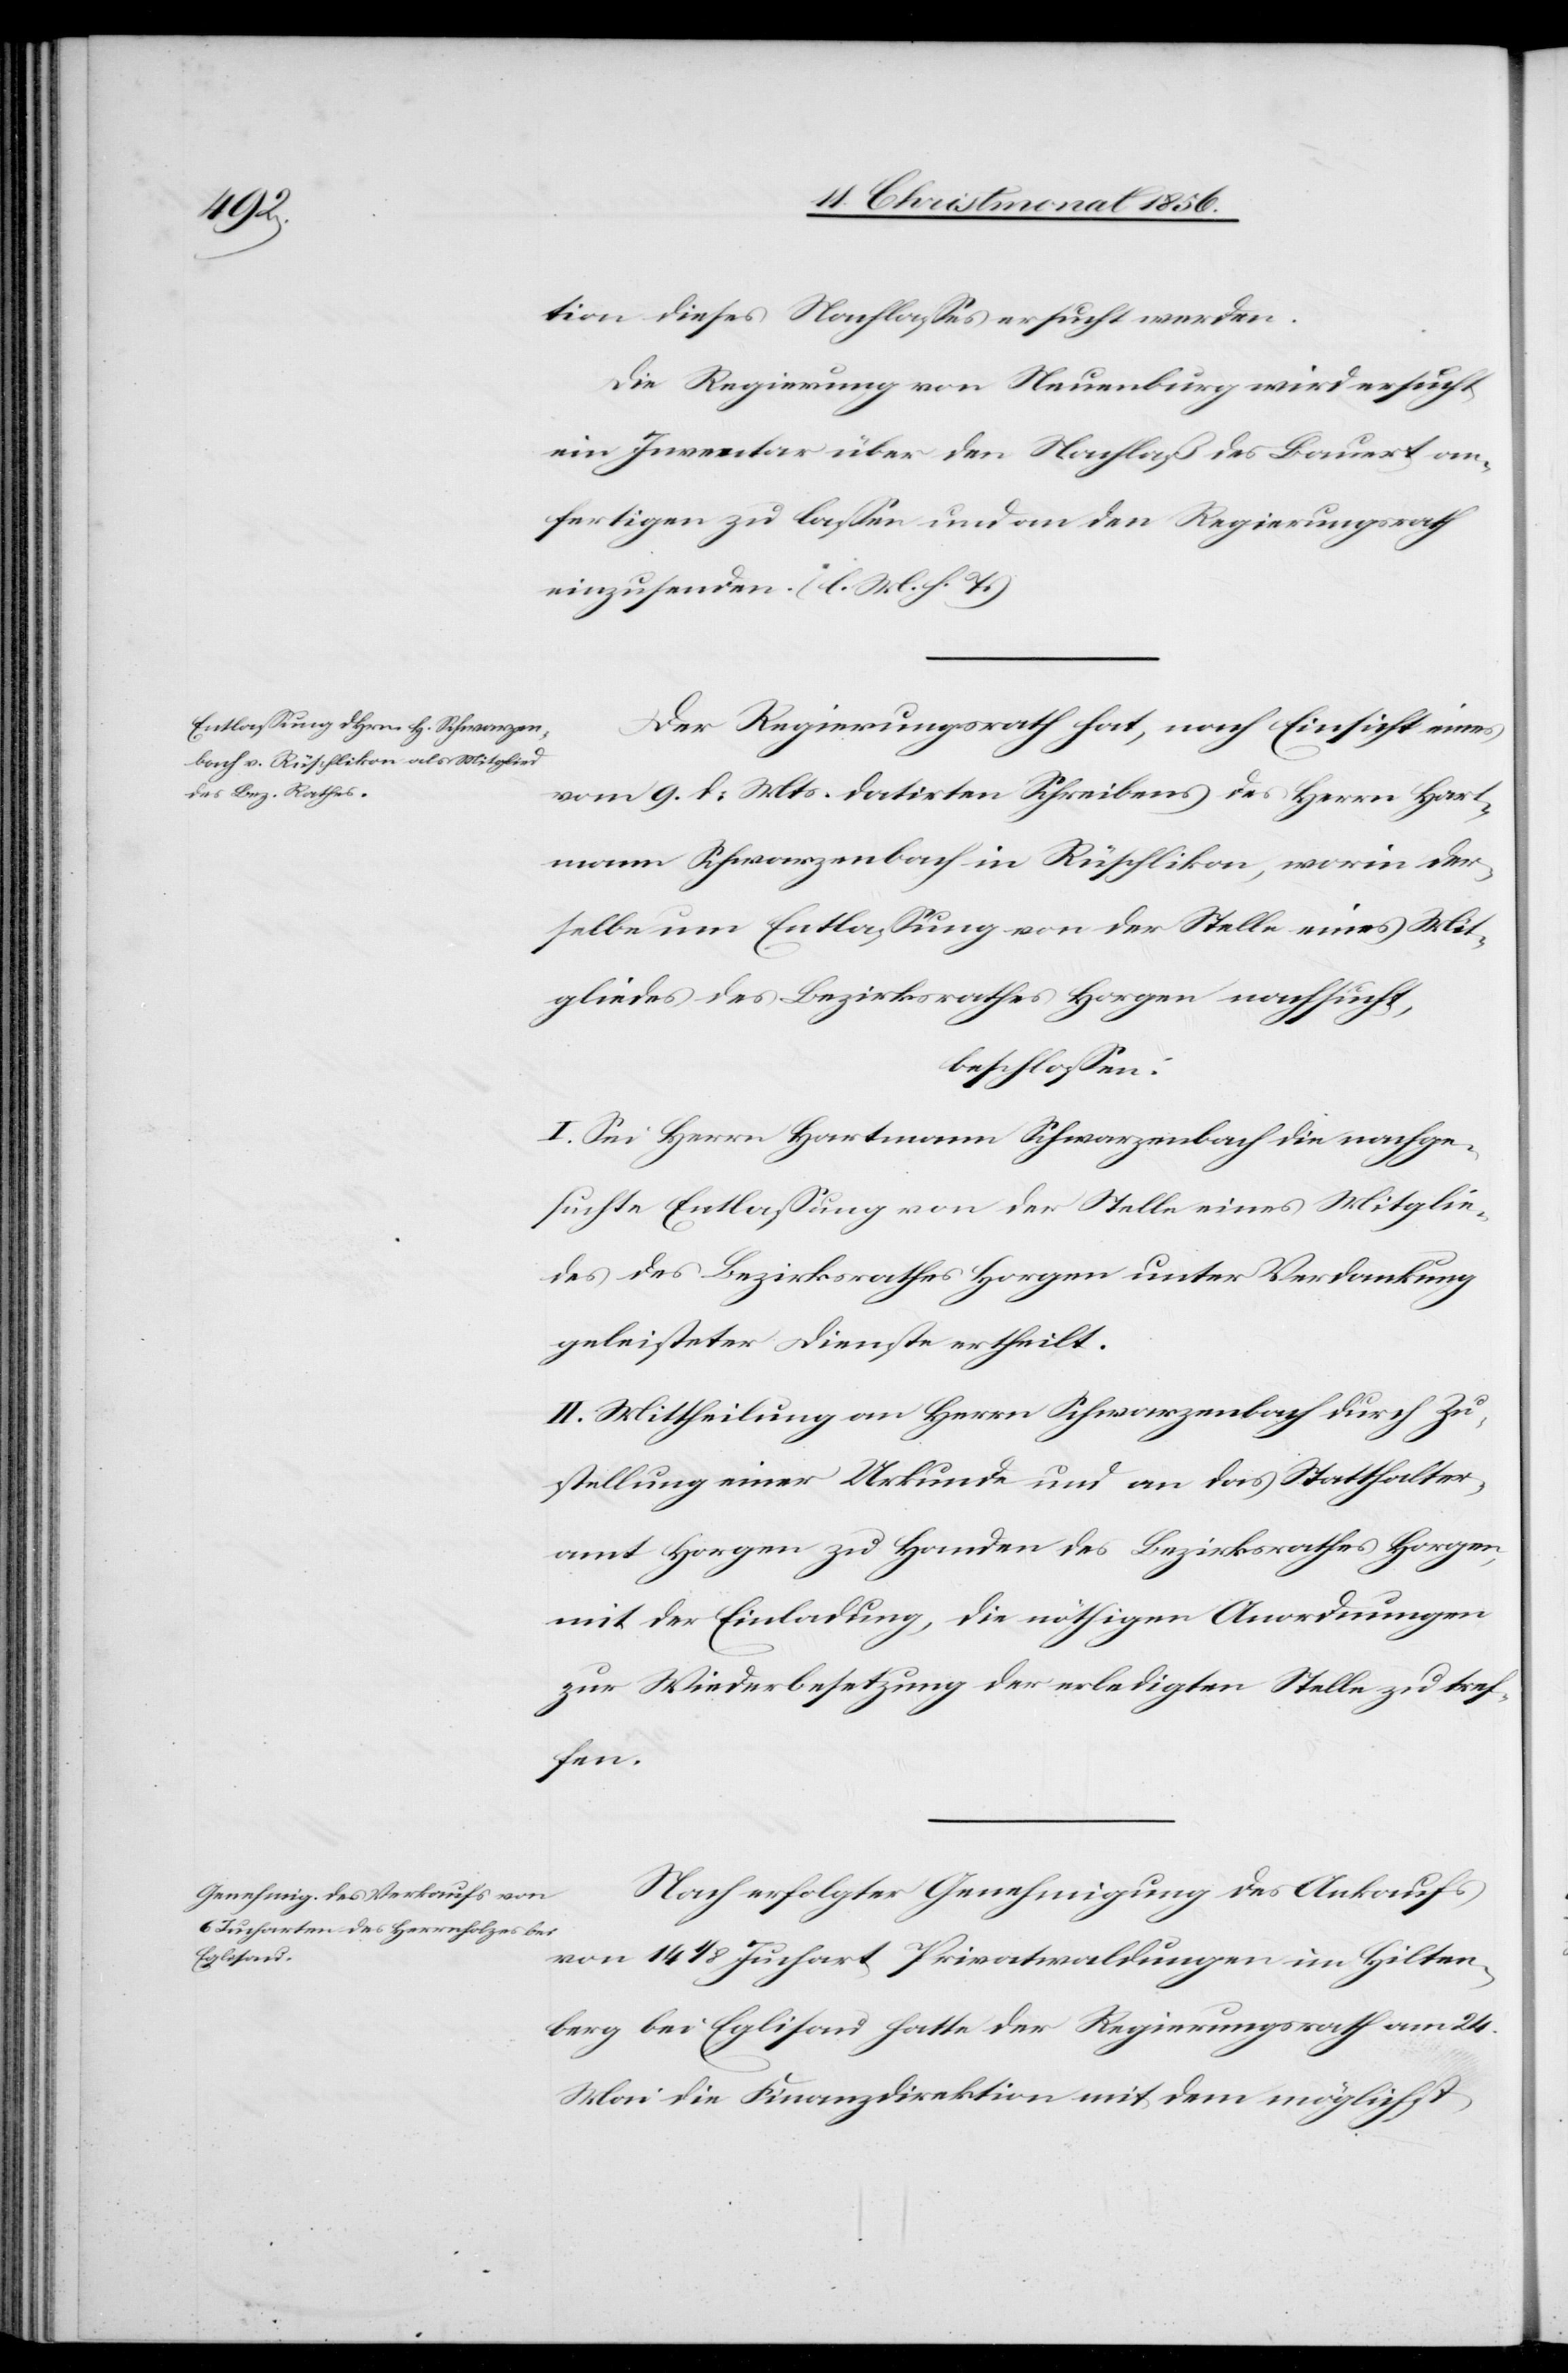
tion dieses Nachlasses ersucht werden.
Die Regierung von Neuenburg wird ersucht
ein Inventar über den Nachlaß des Bauert an¬
fertigen zu lassen und an den Regierungsrath
einzusenden. (l. M. h. T.)
Der Regierungsrath hat, nach Einsicht eines
vom 9. d. Mts. datirten Schreibens des Herrn Hart¬
mann Schwarzenbach in Rüschlikon, worin der¬
selbe um Entlassung von der Stelle eines Mit¬
gliedes des Bezirksrathes Horgen nachsucht,
beschlossen:
I. Sei Herrn Hartmann Schwarzenbach die nachge¬
suchte Entlassung von der Stelle eines Mitglie¬
des des Bezirksrathes Horgen unter Verdankung
geleisteter Dienste ertheilt.
II. Mittheilung an Herrn Schwarzenbach durch Zu¬
stellung einer Urkunde und an das Statthalter¬
amt Horgen zu Handen des Bezirksrathes Horgen,
mit der Einladung, die nöthigen Anordnungen
zur Wiederbesetzung der erledigten Stelle zu tref¬
fen.
Nach erfolgter Genehmigung des Ankaufs
von 14 1/8 Juchart Privatwaldungen im Hilten¬
berg bei Eglisau hatte der Regierungsrath am 24.
Mai die Finanzdirektion mit dem möglichst